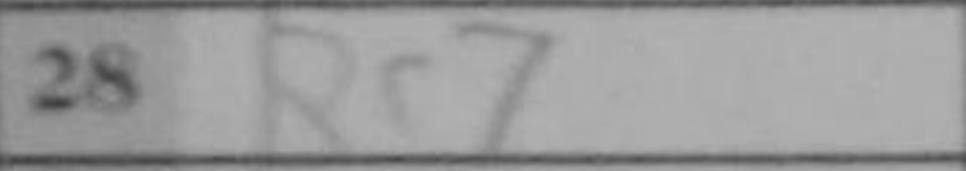
Transcription: Re7